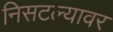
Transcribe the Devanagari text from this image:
निसटल्यावर